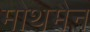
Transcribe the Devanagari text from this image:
मोथमैन